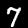
Digit: 7